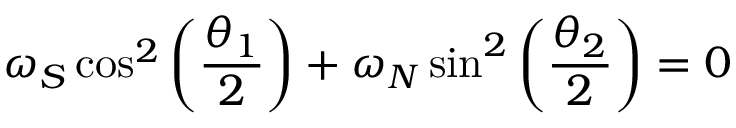
\omega _ { S } \cos ^ { 2 } \left( \frac { \theta _ { 1 } } { 2 } \right) + \omega _ { N } \sin ^ { 2 } \left( \frac { \theta _ { 2 } } { 2 } \right) = 0